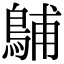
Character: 𪁭